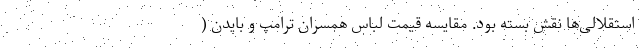
استقلالی‌ها نقش بسته بود. مقایسه قیمت لباس همسران ترامپ و بایدن (